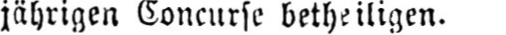
jährigen Concurse betheiligen.